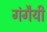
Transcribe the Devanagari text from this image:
गंगैयी